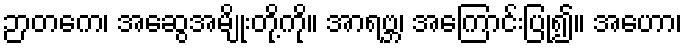
ဉာတကေ၊ အဆွေအမျိုးတို့ကို။ အာရဗ္ဘ၊ အကြောင်းပြု၍။ အဟော၊